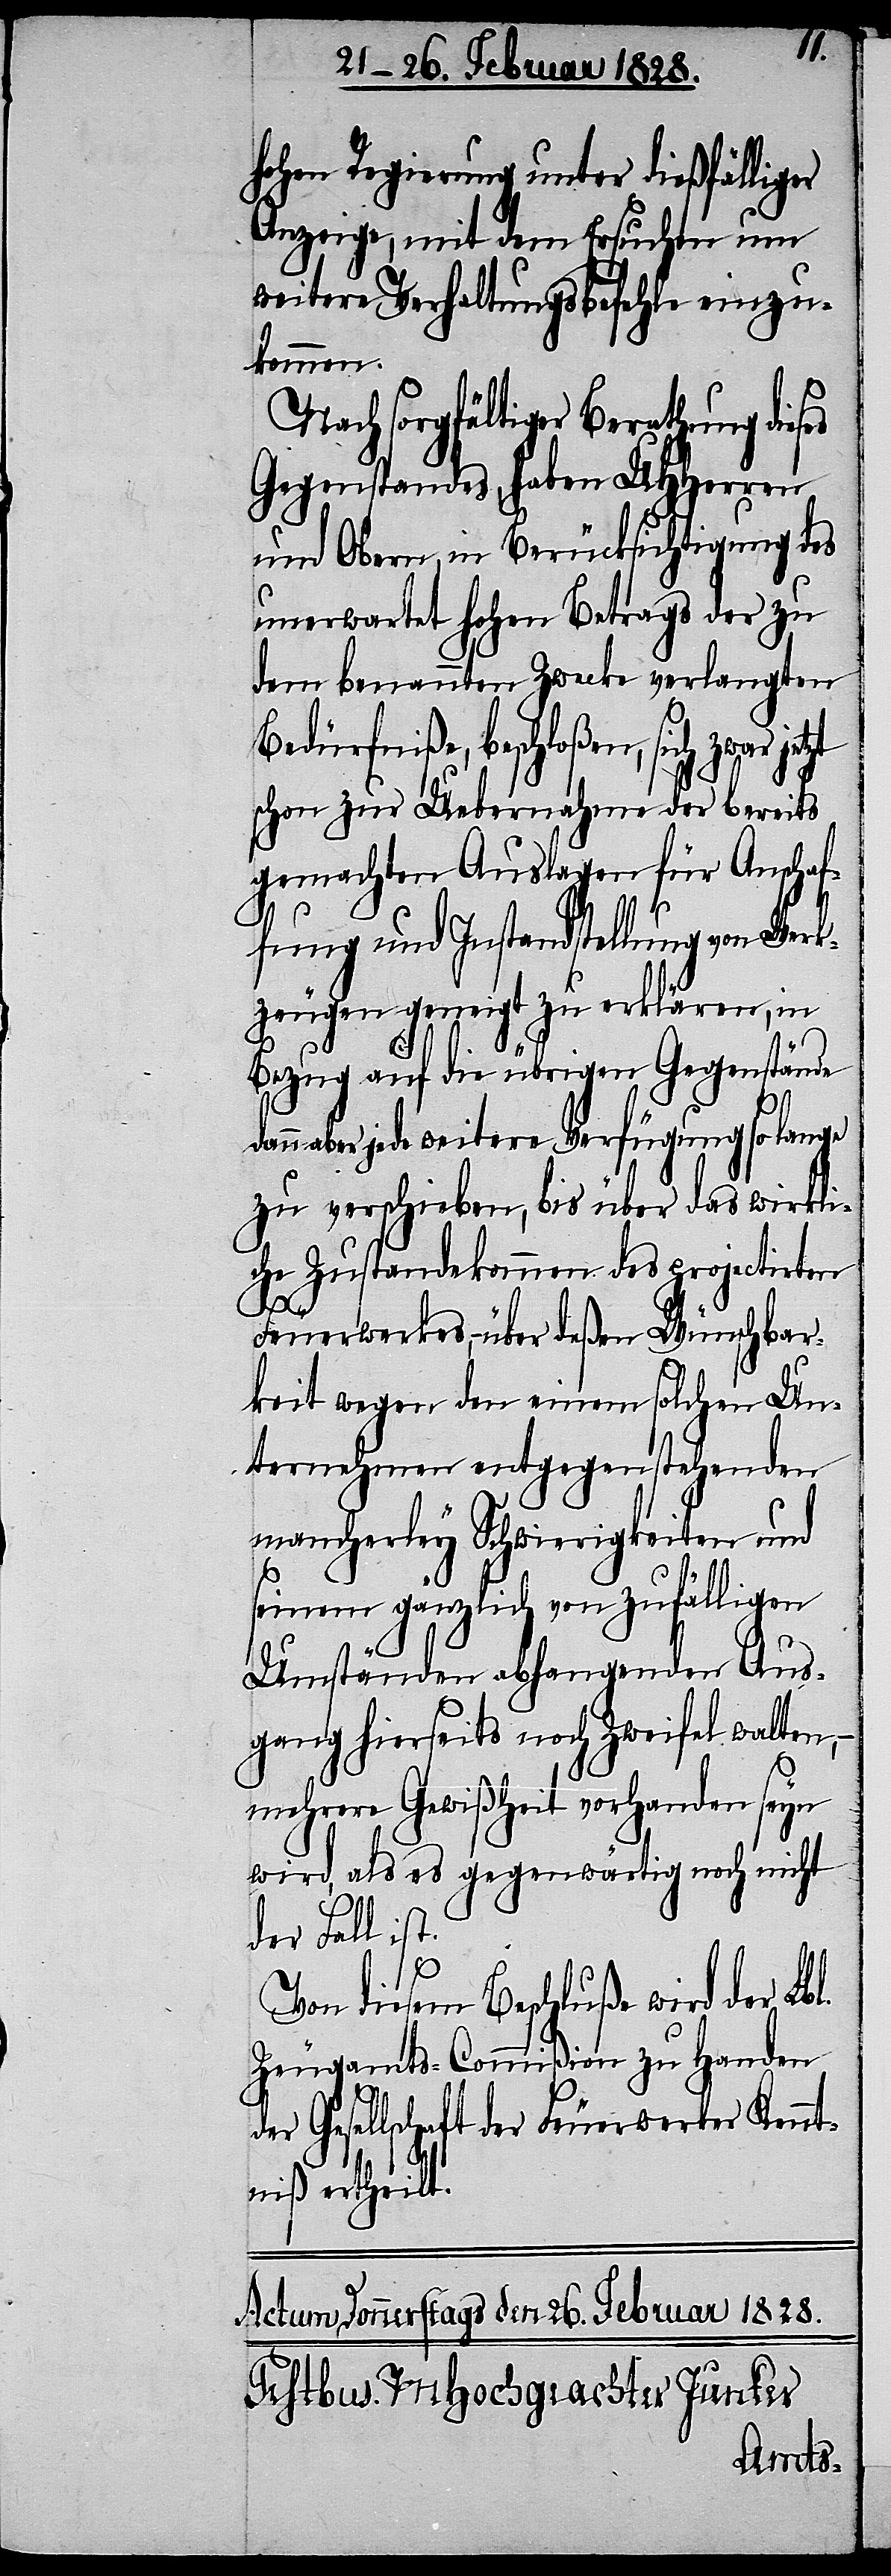
hohen Regierung unter dießfälliger
Anzeige, mit dem Ersuchen um
weitere Verhaltungsbefehle einzu¬
kommen.
Nach sorgfältiger Berathung dies¬
Gegenstandes, haben UHHerren
und Obern, in Berücksichtigung des
unerwartet hohen Betrags der zu
dem benannten Zwecke verlangten
Bedürfniße, beschloßen, sich zwar
schon zur Uebernahme der bereits
gemachten Auslagen für Anschaf¬
fung und Instandstellung von Werk¬
zeugen geneigt zu erklären, in
Bezug auf die übrigen Gegenstände
dann aber jede weitere Verfügung so lange
zu verschieben, bis über das wirkli¬
che Zustandekommen des projectirten
Feuerwerkes, – über deßen Wünschbar¬
keit wegen den einem solchen Un¬
ternehmen entgegenstehenden
mancherley Schwierigkeiten und
seinem gänzlich von zufälligen
Umständen abhangenden Aus¬
gang hierseits noch Zweifel walten,
mehrere Gewißheit vorhanden seyn
wird, als es gegenwärtig noch nicht
der Fall ist.
es
Von diesem Beschluße wird der Lbl.
Zeugamts-Commißion zu Handen
der Gesellschaft der Feuerwerker Kennt¬
niß ertheilt.